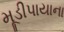
મૂડીપાયાના